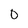
Character: 0